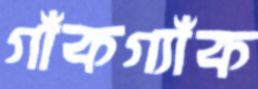
গাঁকগ্যাঁক